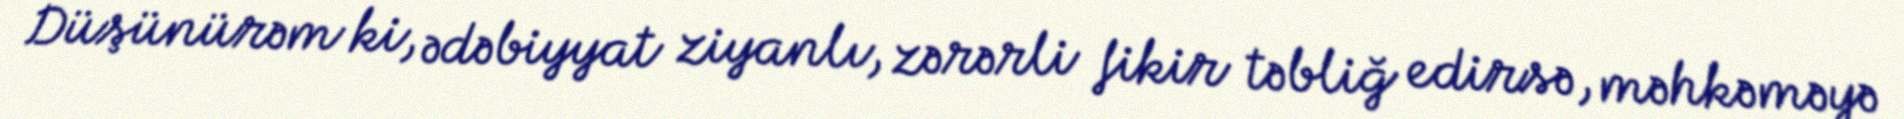
Düşünürəm ki, ədəbiyyat ziyanlı, zərərli fikir təbliğ edirsə, məhkəməyə